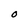
Character: O